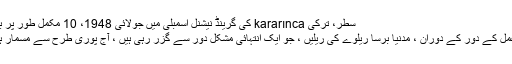
سطر، ترکی kararınca کی گرینڈ نیشنل اسمبلی میں جولائی 1948، 10 مکمل طور پر بند کر دیا.
تعمیر و عمل کے دور کے دوران ، مدنیا برسا ریلوے کی ریلیں ، جو ایک انتہائی مشکل دور سے گزر رہی ہیں ، آج پوری طرح سے مسمار ہوگئی ہیں۔